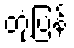
တုံ့ပြန်